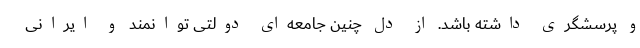
و پرسشگری داشته باشد. از دل چنین جامعه‌ای دولتی توانمند و ایرانی